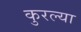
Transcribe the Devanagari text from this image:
कुरल्या